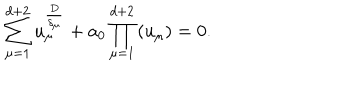
\sum _ { \mu = 1 } ^ { d + 2 } u _ { \mu } ^ { \frac { D } { \delta _ { \mu } } } + a _ { 0 } \prod _ { \mu = 1 } ^ { d + 2 } \left( u _ { \mu } \right) = 0 .